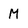
Character: M